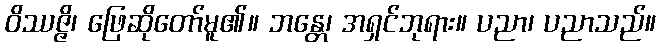
ဝိဿဇ္ဇိ၊ ဖြေဆိုတော်မူ၏။ ဘန္တေ၊ အရှင်ဘုရား။ ပညာ၊ ပညာသည်။